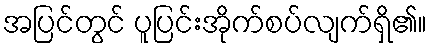
အပြင်တွင် ပူပြင်းအိုက်စပ်လျက်ရှိ၏။